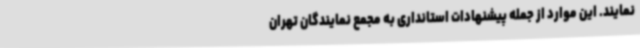
نمایند. این موارد از جمله پیشنهادات استانداری به مجمع نمایندگان تهران